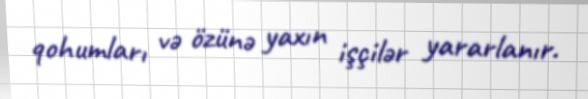
qohumları və özünə yaxın işçilər yararlanır.